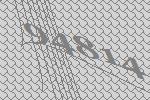
94814